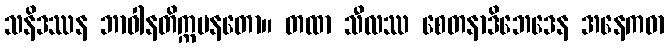
သနိဒဿန ဘာဝါနတိက္ကမနတော။ တထာ သီလဿ စေတနာဒိဘေဒေန အနေကဓာ